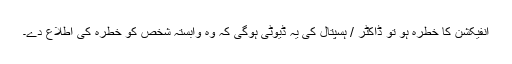
انفیکشن کا خطرہ ہو تو ڈاکٹر / ہسپتال کی یہ ڈیوٹی ہوگی کہ وہ وابستہ شخص کو خطرہ کی اطلاع دے۔